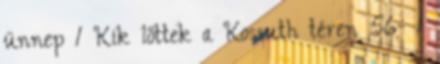
ünnep 1 Kik lőttek a Kossuth téren 56- 1